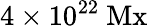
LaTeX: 4\times 10^{22}\ \mathrm{Mx}